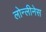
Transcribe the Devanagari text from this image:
लोन्लीनेस